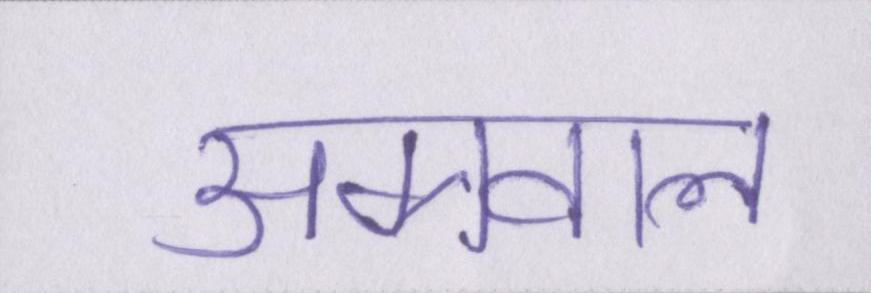
अग्रवाल